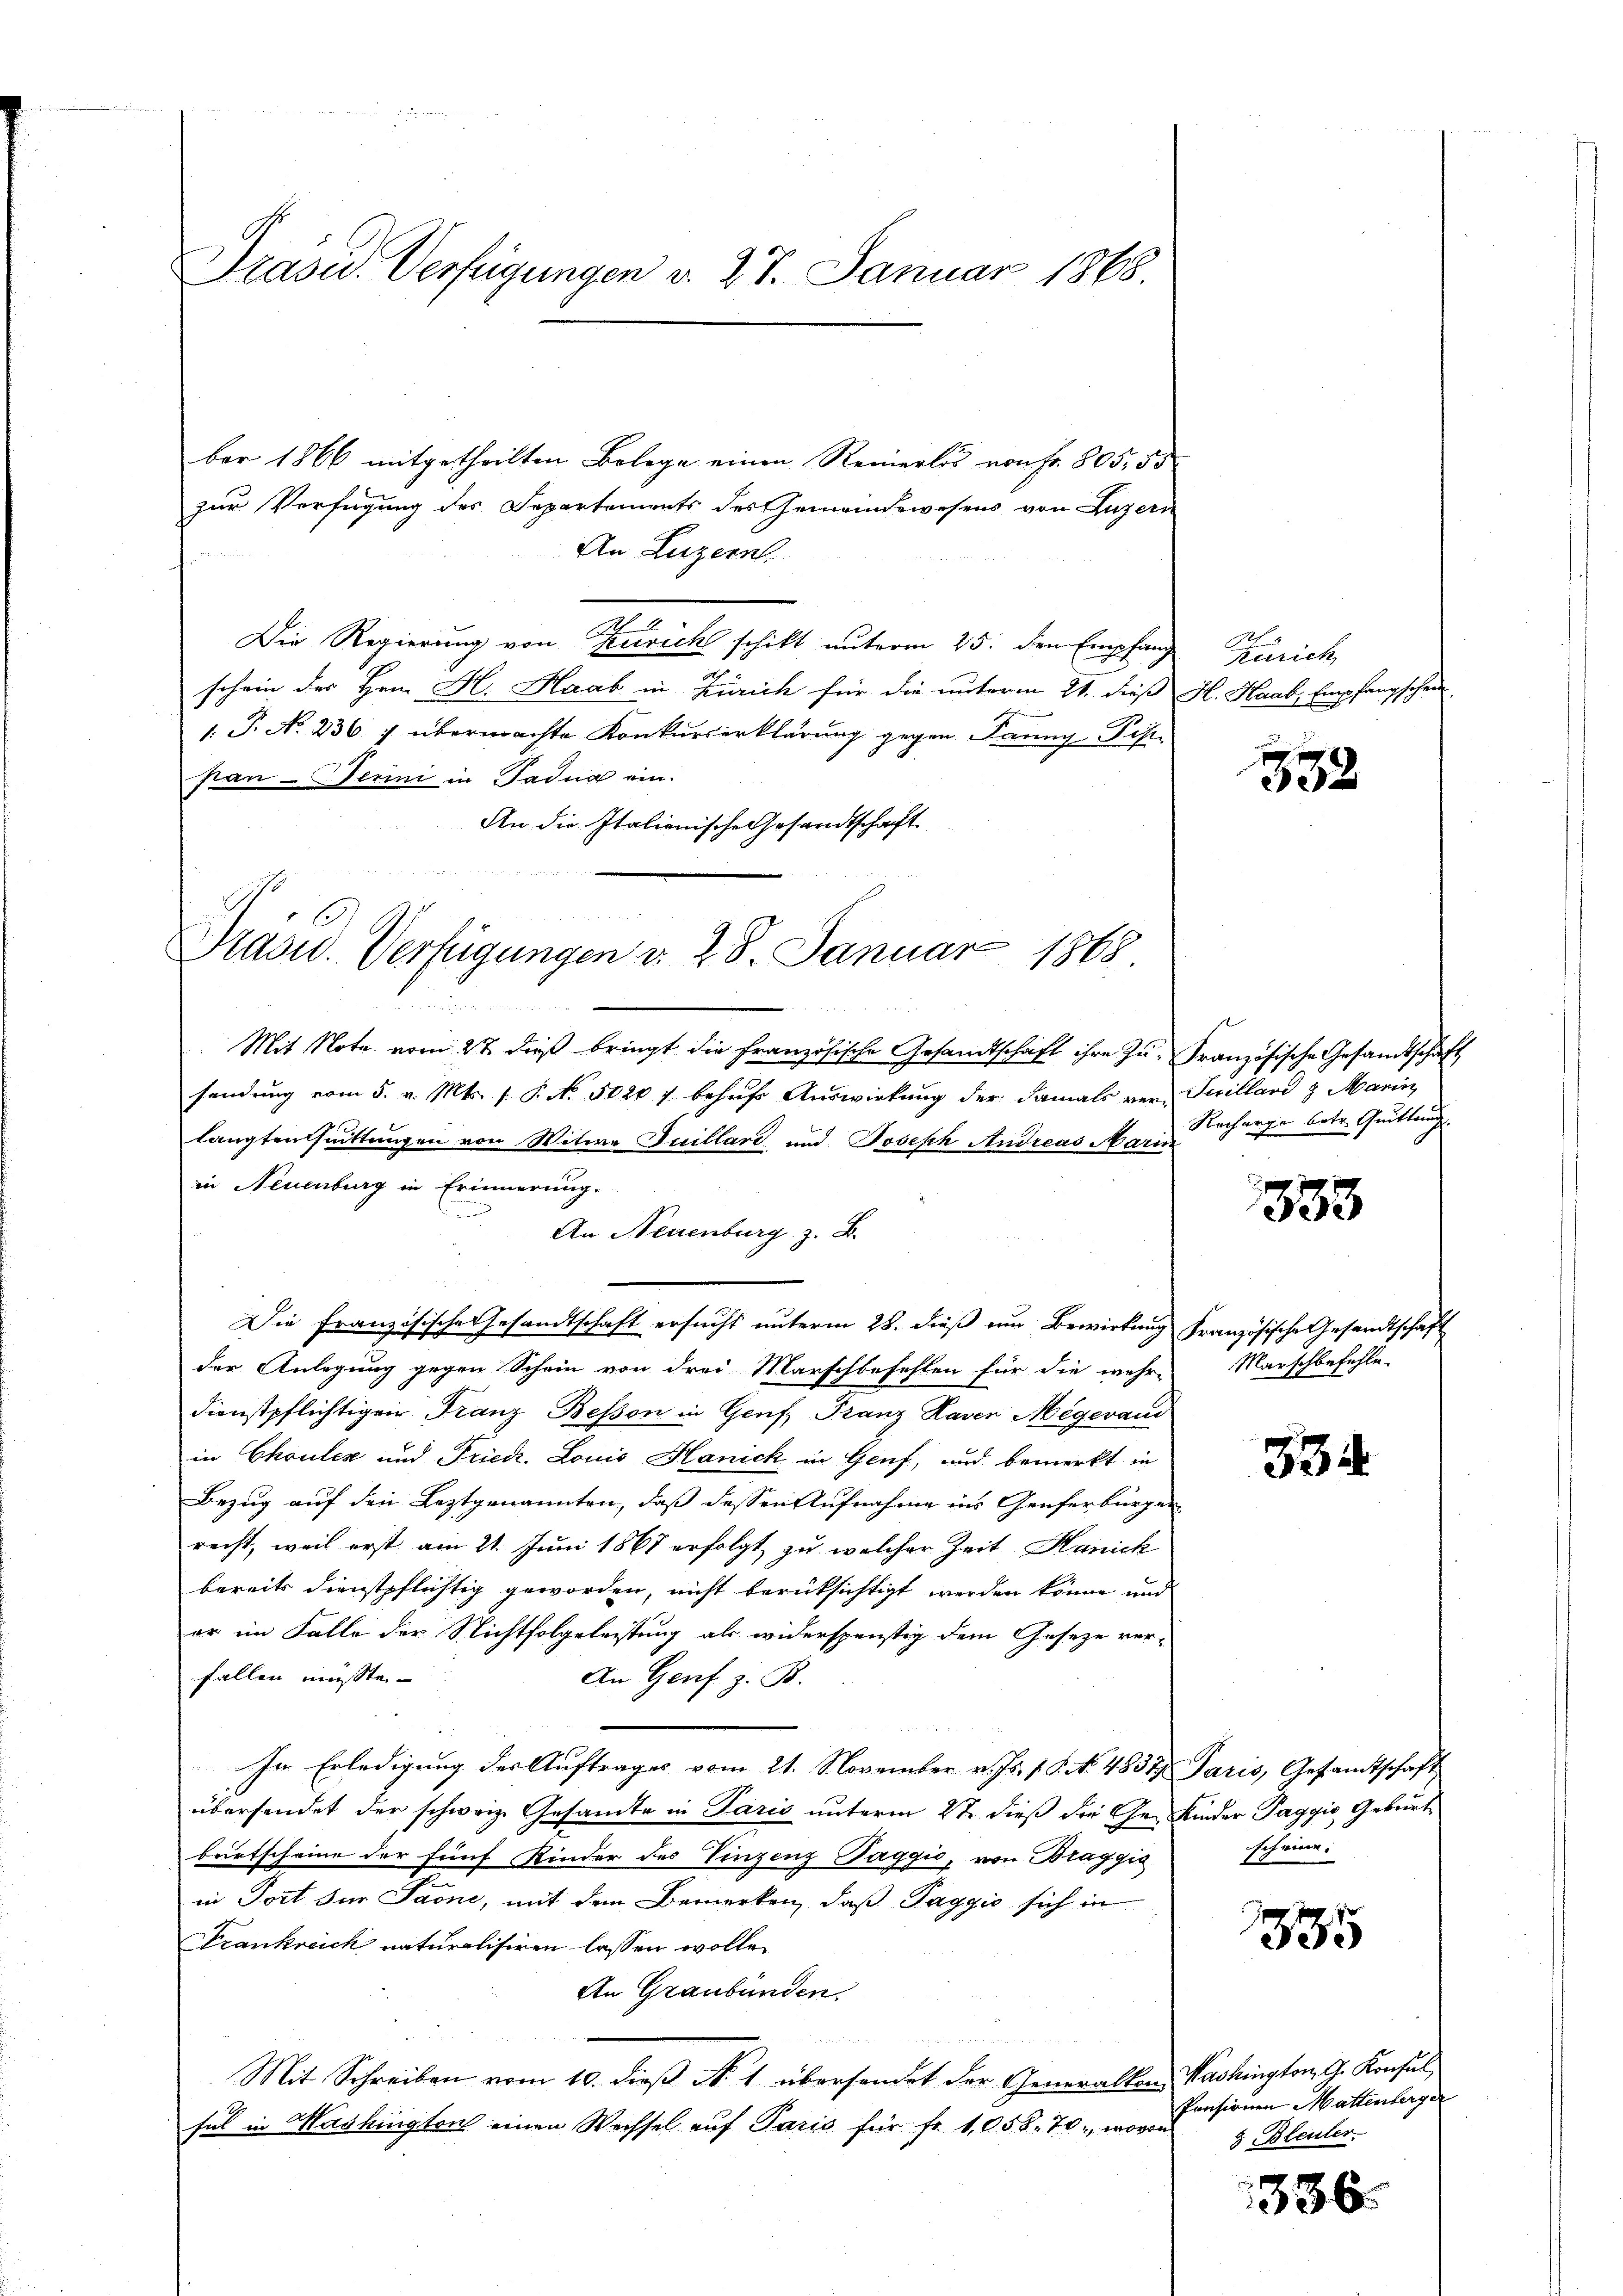
ber 1866 mitgetheilten Belege einen Reinerlös von Fr. 805, 53
zur Verfügung des Departements des Gemeindewesens von Luzern
An Luzern
Die Regierung von Zusich schikt unterm 25. den Empfang
schein der Hrn. H. Haab in Zürich für die unterm 21. dieß H. Haab, Empfangschein¬
1. P. No 236 f übermachte Konkurserklärung gegen Panny-Pip-
stan - erini in Tadug ein¬
An die Italienische Gesandtschaft
Mit Note vom 27. dieß bringt die französische Gesandtschaft ihre Zu-Französische Gesandtschaft
sendung vom 5. v. Mts. s. P. No. 5020 f behuf Auswirkung der damals von Juillard 8 Marin
langtensuittungen von Witwe Juillard und Joseph Andreas Mari
in Neuenburg in Erinnerung.
An Neuenburg z. B.
Die französische Gesandtschaft ersucht unterm 28. dieß um Bewirkung Französische Gesandtschaft
der Anlegung gegen Schein von drei Marschbefehlen für die mehr-Marschbefehle
dienstpflichtigen Franz Bessen in Genf, Franz Haver Megeraus
in Chouler und Fried. Louis Hanick in Genf, und bemerkt in
Bezug auf den Leztgenannten, daß dessen Aufnahme ins Genferbürger
recht, weil erst am 21. Juni 1867 erfolgt zu welcher Zeit Hanick
bereits dienstpflichtig geworden, nicht berüksichtigt werden könne und
er im Falle der Nichtfolgeleistung als widerspenstig dem Geseze verfallen müsste.
An Genf z. B.
In Erledigŭng des Aŭftrages vom 21. November v. Js. s. S. No. 483 Paris, Gesandtschaft
übersendet der schweiz. Gesandte in Paris unterm 2t dieß die Ge- Kinder Paggio Geburt
birtscheine der fünf Kinder des Vinzenz Paggić, von Braggis
in Tort für Paone, mit dem Bemerken, daß Taggio sich in
Frankreich naturalisiren lassen wolle.
An Graubünden.
Etat

Mit Schreiben vom 10. dieß N. 1 übersendet der Generalten Washington G. Konsul
fel in Mashington einen Wechsel auf Paris für fr. 1,058. 70, wovon

Präsid. Verfügungen d. 27. Januar 1868.

Präsid. Verfügungen d. 28. Januar 1868
unden

Zürich

332

Recharge betr. Quittung.

1333

334

sch eine.

1885

Pensionen Mattenberger
5 Bleuler

1336